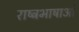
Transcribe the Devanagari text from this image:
राष्ट्रभाषाओं